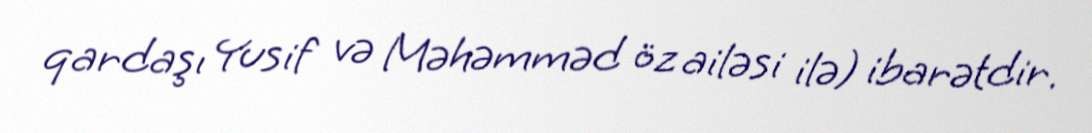
qardaşı Yusif və Məhəmməd öz ailəsi ilə) ibarətdir.